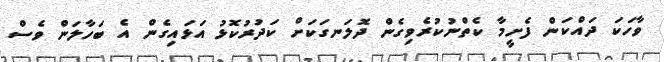
ވާހަކަ ދައްކަން ފެށީމާ ކެތްނުކުރެވިގެން ދޮލަނގަކަށް ކަދުރުކޮޅު އަޅައިގެން އެ ބަހާލަން ވެސް